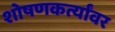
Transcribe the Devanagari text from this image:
शोषणकर्त्यांवर